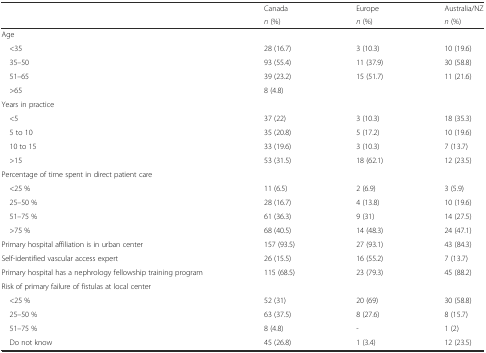
<table><thead><tr><td rowspan="2"></td><td><b>Canada</b></td><td><b>Europe</b></td><td><b>Australia/NZ</b></td></tr><tr><td><b><i>n</i> (%)</b></td><td><b><i>n</i> (%)</b></td><td><b><i>n</i> (%)</b></td></tr></thead><tbody><tr><td>Age</td><td></td><td></td><td></td></tr><tr><td> &lt;35</td><td>28 (16.7)</td><td>3 (10.3)</td><td>10 (19.6)</td></tr><tr><td> 35–50</td><td>93 (55.4)</td><td>11 (37.9)</td><td>30 (58.8)</td></tr><tr><td> 51–65</td><td>39 (23.2)</td><td>15 (51.7)</td><td>11 (21.6)</td></tr><tr><td> &gt;65</td><td>8 (4.8)</td><td></td><td></td></tr><tr><td>Years in practice</td><td></td><td></td><td></td></tr><tr><td> &lt;5</td><td>37 (22)</td><td>3 (10.3)</td><td>18 (35.3)</td></tr><tr><td> 5 to 10</td><td>35 (20.8)</td><td>5 (17.2)</td><td>10 (19.6)</td></tr><tr><td> 10 to 15</td><td>33 (19.6)</td><td>3 (10.3)</td><td>7 (13.7)</td></tr><tr><td> &gt;15</td><td>53 (31.5)</td><td>18 (62.1)</td><td>12 (23.5)</td></tr><tr><td>Percentage of time spent in direct patient care</td><td></td><td></td><td></td></tr><tr><td> &lt;25 %</td><td>11 (6.5)</td><td>2 (6.9)</td><td>3 (5.9)</td></tr><tr><td> 25–50 %</td><td>28 (16.7)</td><td>4 (13.8)</td><td>10 (19.6)</td></tr><tr><td> 51–75 %</td><td>61 (36.3)</td><td>9 (31)</td><td>14 (27.5)</td></tr><tr><td> &gt;75 %</td><td>68 (40.5)</td><td>14 (48.3)</td><td>24 (47.1)</td></tr><tr><td>Primary hospital affiliation is in urban center</td><td>157 (93.5)</td><td>27 (93.1)</td><td>43 (84.3)</td></tr><tr><td>Self-identified vascular access expert</td><td>26 (15.5)</td><td>16 (55.2)</td><td>7 (13.7)</td></tr><tr><td>Primary hospital has a nephrology fellowship training program</td><td>115 (68.5)</td><td>23 (79.3)</td><td>45 (88.2)</td></tr><tr><td>Risk of primary failure of fistulas at local center</td><td></td><td></td><td></td></tr><tr><td> &lt;25 %</td><td>52 (31)</td><td>20 (69)</td><td>30 (58.8)</td></tr><tr><td> 25–50 %</td><td>63 (37.5)</td><td>8 (27.6)</td><td>8 (15.7)</td></tr><tr><td> 51–75 %</td><td>8 (4.8)</td><td>-</td><td>1 (2)</td></tr><tr><td> Do not know</td><td>45 (26.8)</td><td>1 (3.4)</td><td>12 (23.5)</td></tr></tbody></table>